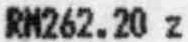
RM262.20 Z